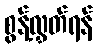
စွန့်လွှတ်ရန်